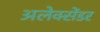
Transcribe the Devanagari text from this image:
अलेक्‍सेंडर